Report of the Indian Hemp Drugs Commission, 1894-1895 - Volume VI
Year: 1894
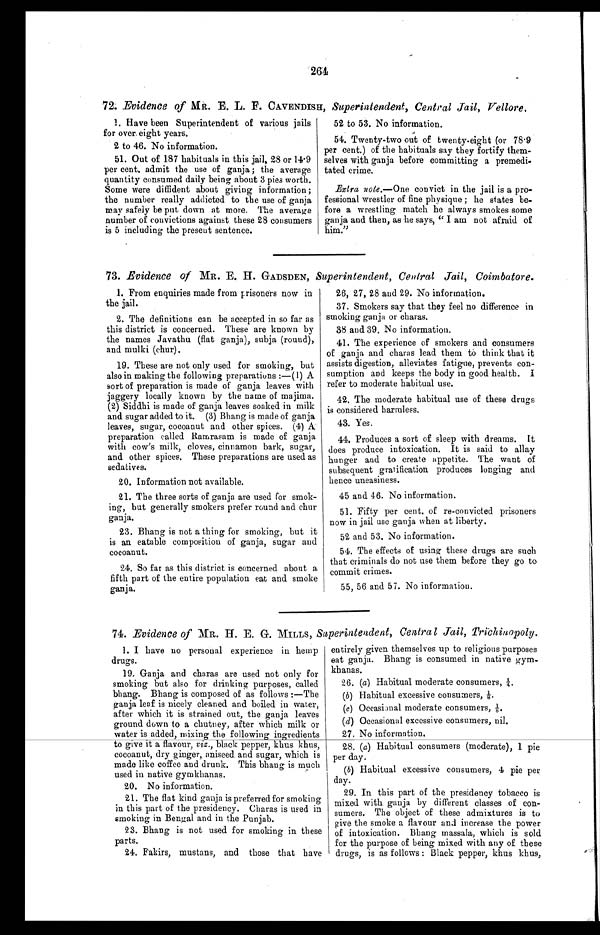
264
72. Evidence of MR. E. L. F. CAVENDISH, Superintendent, Central Jail, Vellore,
1. Have been Superintendent of various jails
for over, eight years.
2 to 46. No information.
51. Out of 187 habituals in this jail, 28 or 14.9
per cent, admit the use of ganja ; the average
quantity consumed daily being about 3 pies worth.
Some were diffident about giving information ;
the number really addicted to the use of ganja
may safely be put down at more. The average
number of convictions against these 28 consumers
is 5 including the present sentence.
52 to 53. No information.
54. Twenty-two out of twenty-eight (or 78.9
per cent.) of the habituals say they fortify them-
selves with ganja before committing a premedi-
tated crime.
Extra note.—One convict in the jail is a pro-
fessional wrestler of fine physique ; he states be-
fore a wrestling match he always smokes some
ganja and then, as he says, "I am not afraid of
him."
73. Evidence of MR. E. H. GADSDEN, Superintendent, Central Jail, Coimbatore.
1. From enquiries made from prisoners now in
the jail.
2. The definitions can be accepted in so far as
this district is concerned. These are known by
the names Javathu (flat ganja), subja (round),
and mulki (chur).
19. These are not only used for smoking, but
also in making the following preparations :—(1) A
sort of preparation is made of ganja leaves with
jaggery locally known by the name of majima.
(2) Siddhi is made of ganja leaves soaked in milk
and sugar added to it. (3) Bhang is made of ganja
leaves, sugar, cocoanut and other spices. (4) A
preparation called Ramrasam is made of ganja
with cow's milk, cloves, cinnamon bark, sugar,
and other spices. These preparations are used as
sedatives.
20. Information not available.
21. The three sorts of ganja are used for smok-
ing, but generally smokers prefer round and chur
ganja.
23. Bhang is not a thing for smoking, but it
is an eatable composition of ganja, sugar and
cocoanut.
24. So far as this district is concerned about a,
fifth part of the entire population eat and smoke
ganja.
26, 27, 28 and 29. No information.
37. Smokers say that they feel no difference in
smoking ganja or charas.
38 and 39, No information.
41. The experience of smokers and consumers
of ganja and charas lead them to think that it
assists digestion, alleviates fatigue, prevents con-
sumption and keeps the body in good health. I
refer to moderate habitual use.
42. The moderate habitual use of these drugs
is considered harmless.
43. Yes.
44. Produces a sort of sleep with dreams. It
does produce intoxication, It is said to allay
hunger and to create appetite. The want of
subsequent gratification produces longing and
hence uneasiness.
45 and 46. No information.
51. Fifty per cent, of re-convicted prisoners
now in jail use ganja when at liberty.
52 and 53. No information.
54. The effects of using these drugs are such
that criminals do not use them before they go to
commit crimes.
55, 56 and 57. No information.
74. Evidence of MR. H. E. G. MILLS, Superintendent, Central Jail, Triehinopoly.
1. I have no personal experience in hemp
drugs.
19. Ganja and charas are used not only for
smoking but also for drinking purposes, called
bhang. Bhang is composed of as follows :—The
ganja leaf is nicely cleaned and boiled in water,
after which it is strained out, the ganja leaves
ground down to a chutney, after which milk or
water is added, mixin ' the following ingredients
to give it a avour, viz., slack pepper, khus khus,
cocoanut, dry ginger, aniseed. and sugar, which is
made like coffee and drunk. This bhaug is much
used in native gymkhanas.
20. No information.
21. The flat kind ganja is preferred for smoking
in this part of the presidency. Charas is used in
smoking in Bengal and in the Punjab.
23. Bhang is not used for smoking in these
parts.
24. Fakirs, mustans, and those that have
entirely given themselves up to religious purposes
eat ganja. Bhang is consumed in native gym-
khanas.
26. (a) Habitual moderate consumers, 1/4.
(b) Habitual excessive consumers, 1/8.
(c) Occasional moderate consumers, 1/8.
(d) Occasional excessive consumers, nil.
27. No information.
28. (a) Habitual consumers (moderate), 1 pie
per day.
( b ) Habitual excessive consumers, 4 pie per
day.
29. In this part of the presidency tobacco is
mixed with ganja by different classes of con-
sumers. The object of these admixtures is to
give the smoke a flavour and increase the power
of intoxication. Bhang massala, which is sold
for the purpose of being mixed with any of these
drugs, is as follows : Black pepper, khus khus,